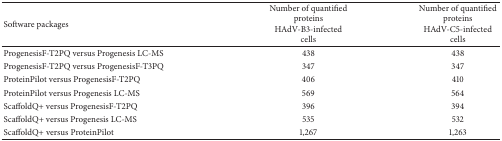
<table><thead><tr><td><b>Software packages</b></td><td><b>Number of quantified proteinsHAdV-B3-infected cells</b></td><td><b>Number of quantified proteinsHAdV-C5-infected cells</b></td></tr></thead><tbody><tr><td>ProgenesisF-T2PQ versus Progenesis LC-MS</td><td>438</td><td>438</td></tr><tr><td>ProgenesisF-T2PQ versus ProgenesisF-T3PQ</td><td>347</td><td>347</td></tr><tr><td>ProteinPilot versus ProgenesisF-T2PQ</td><td>406</td><td>410</td></tr><tr><td>ProteinPilot versus Progenesis LC-MS</td><td>569</td><td>564</td></tr><tr><td>ScaffoldQ+ versus ProgenesisF-T2PQ</td><td>396</td><td>394</td></tr><tr><td>ScaffoldQ+ versus Progenesis LC-MS</td><td>535</td><td>532</td></tr><tr><td>ScaffoldQ+ versus ProteinPilot</td><td>1,267</td><td>1,263</td></tr></tbody></table>